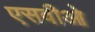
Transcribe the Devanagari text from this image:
एसवीओ